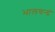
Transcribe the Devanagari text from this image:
भालचन्द्रं